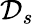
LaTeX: \mathcal{D}_{s}